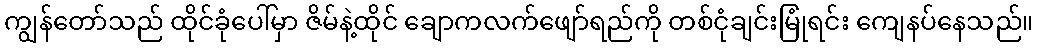
ကျွန်တော်သည် ထိုင်ခုံပေါ်မှာ ဇိမ်နဲ့ထိုင် ချောကလက်ဖျော်ရည်ကို တစ်ငုံချင်းမြုံရင်း ကျေနပ်နေသည်။